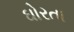
ઘોરતા